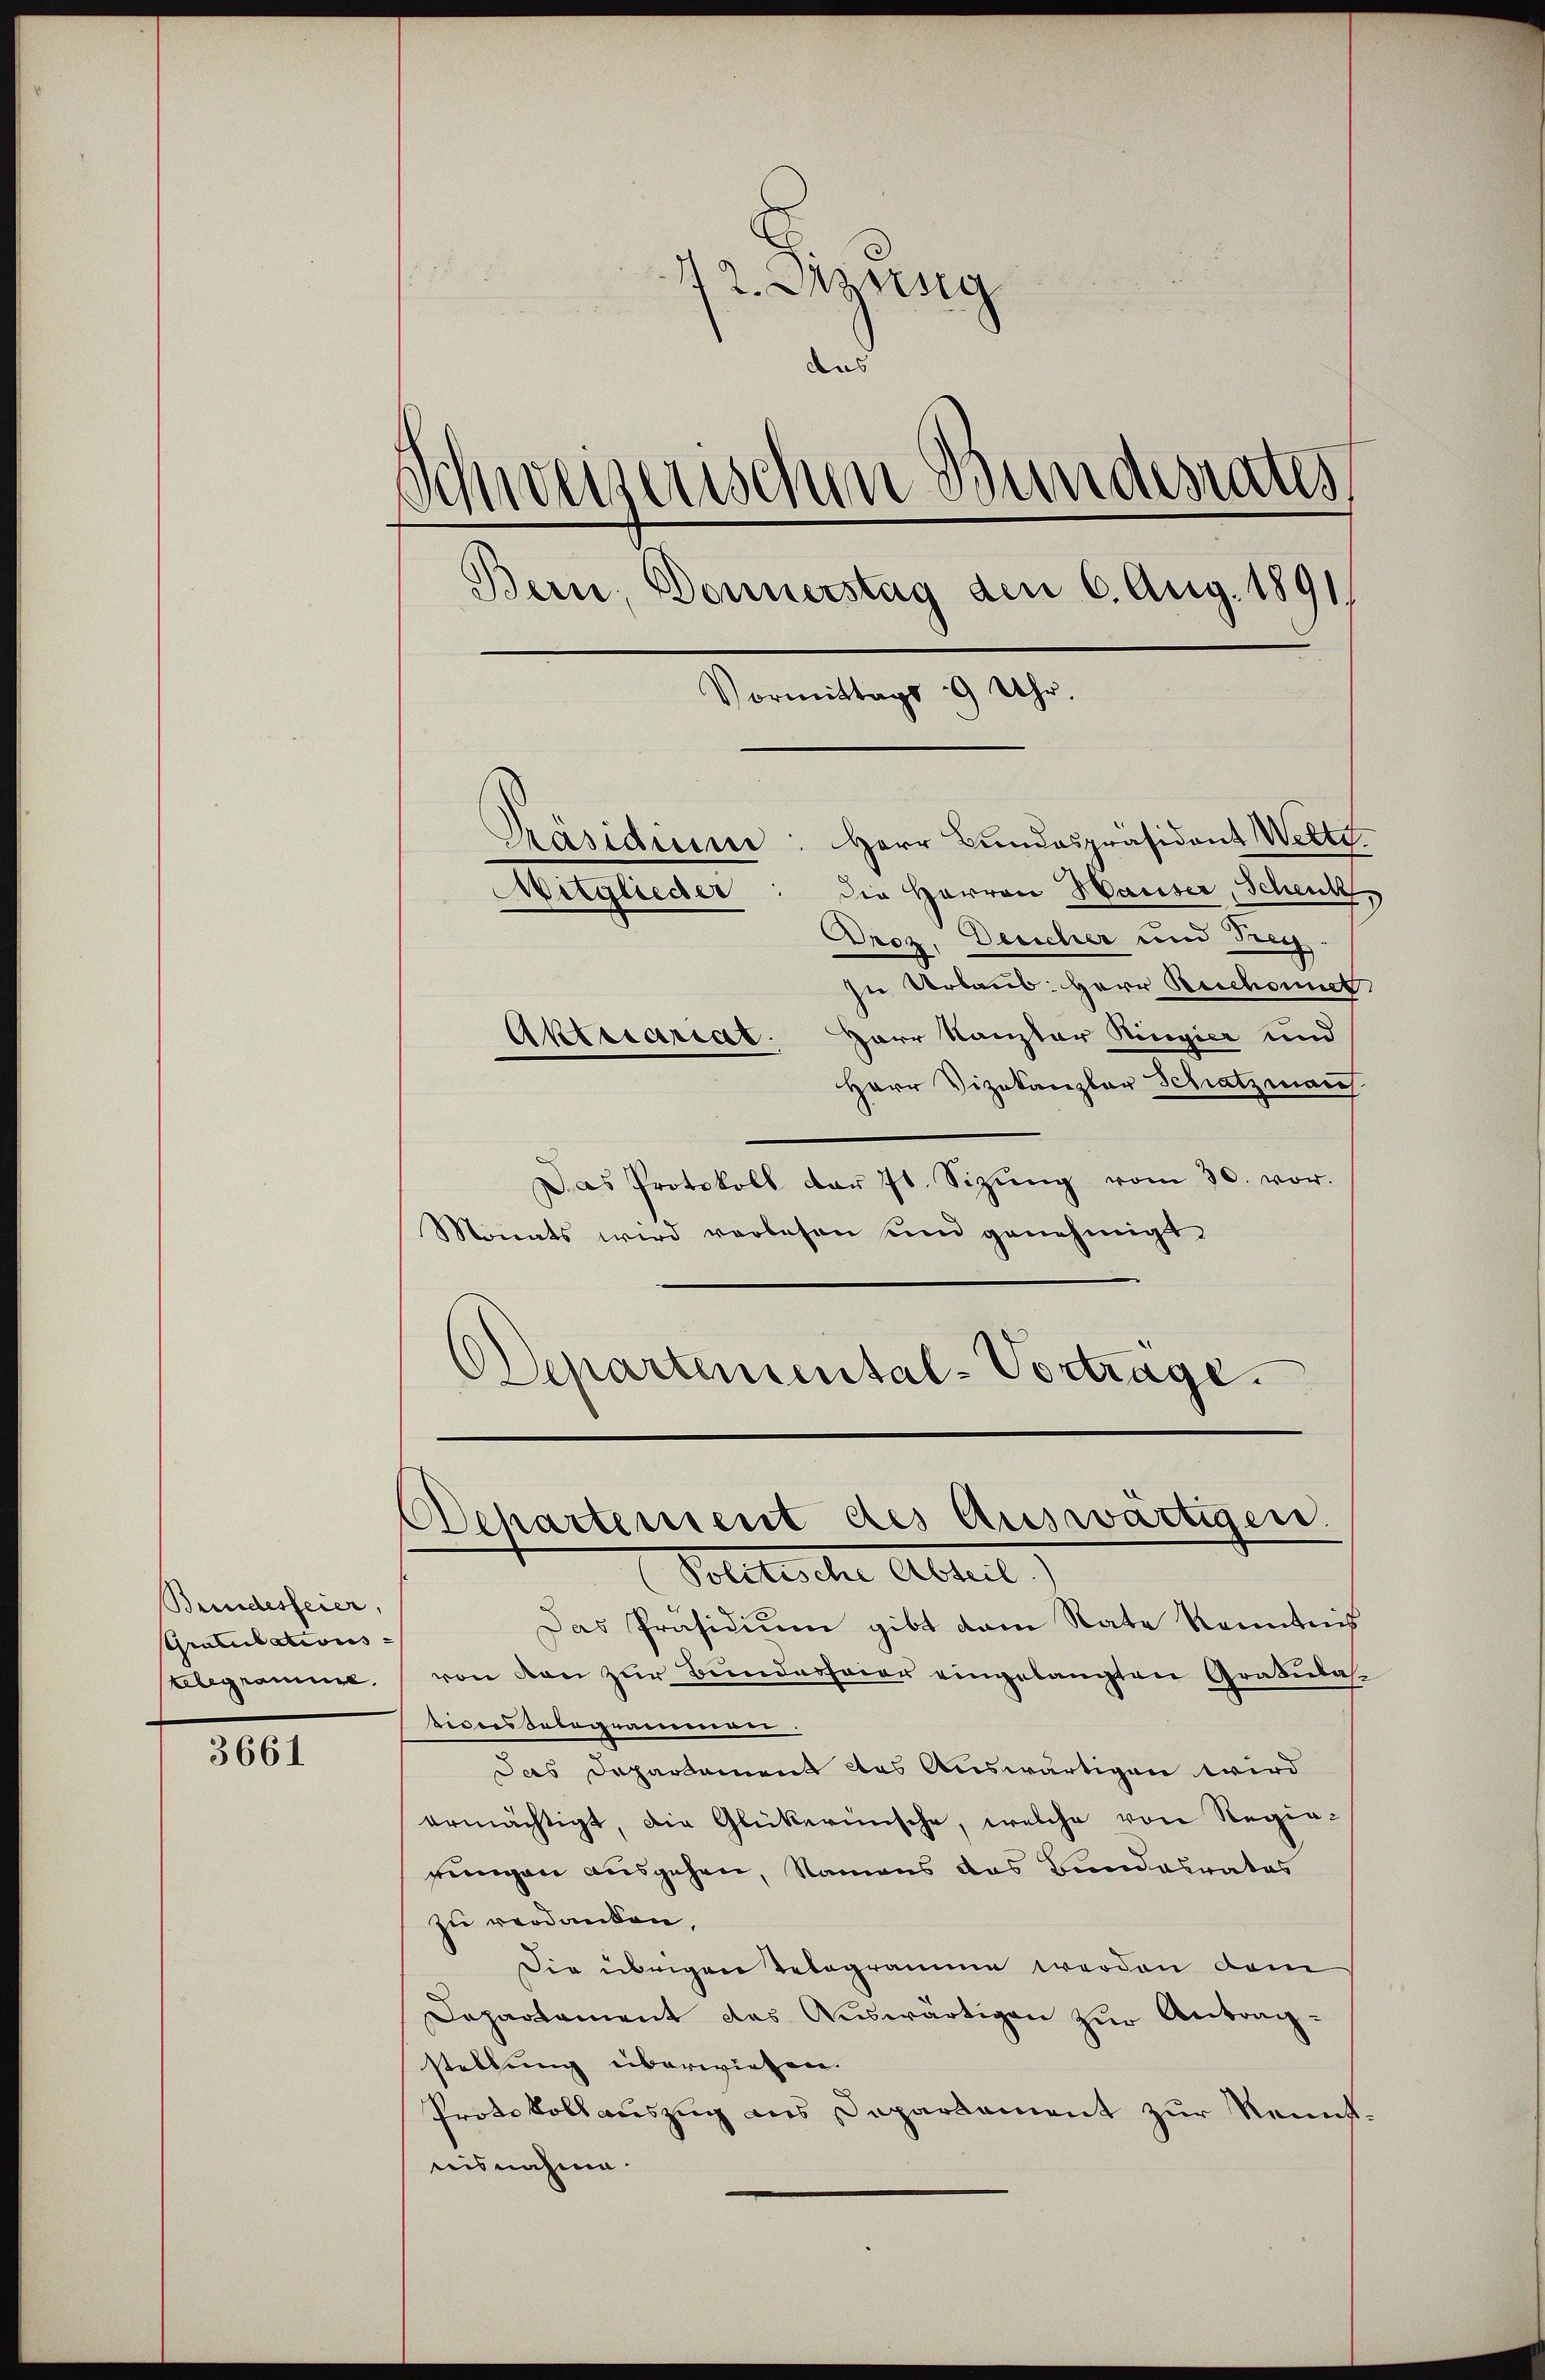
Bundesfeier,
Gratulations-
telegramme.

3661

12. Sizung
das
d
sweisenschen Bundesrates
Bern, Donnerstag den 6. Aug. 1891/
Vormittags 9 Uhr.
Präsidiume: Herr Bundespräsident Wette.
die Herren Hauser, Schenk,
Mitglieder
Droz. Descher und Treg.

sie Urbaus: Herr Beschonet
Aktuariat. Herr Kanzler Ringier und
Herr Vizekanzlar Schatzmanch
Das Protokoll dar 7t. Sizŭng vom 30. vor.
Monats wird verlesen und genehmigt.
DDepartemental-Vortrage.

Achartement des Auswärtigen.
Solitischer Abteilt

Das Präsidiŭm gibt dem Rate Kenntnis
von von zur Bunderfeier eingelangten Grabelasbisersdelegraciererer
Das Departament das Auswärtigen wird
ermächtigt, die Glückerinsche, welche von Regierungen ausgehen, Namens das Bundesrates
zu verdanken.
Die übrigen Relegramm werden dem
Departament des Auswärtigen zur Antragstellung überwiesen.
Protokollauszug aus Daparlament zur Renntnisnahme.